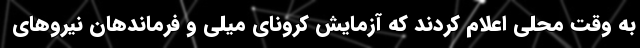
به وقت محلی اعلام کردند که آزمایش کرونای میلی و فرماندهان نیروهای